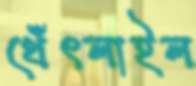
থেঁৎলাইল